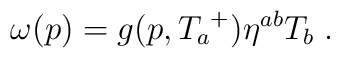
\omega(p) = g(p,{T_a}^+)\eta^{ab}T_b \;.